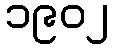
၁၉၀၂